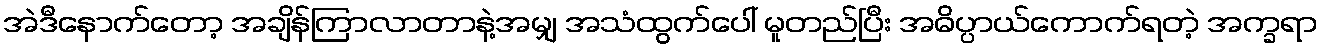
အဲဒီနောက်တော့ အချိန်ကြာလာတာနဲ့အမျှ အသံထွက်ပေါ် မူတည်ပြီး အဓိပ္ပာယ်ကောက်ရတဲ့ အက္ခရာ